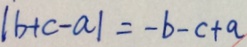
\vert b + c - a \vert = - b - c + a